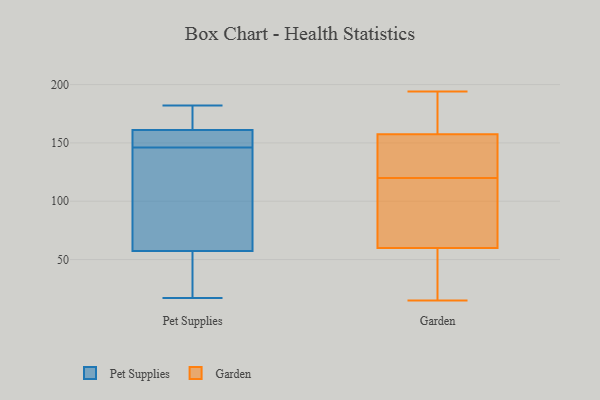
{"axis": {"x": "Population (Million)", "y": "Value"}, "legend": ["Garden", "Pet Supplies"], "data": [{"x": "", "y": 150, "type": "Pet Supplies"}, {"x": "", "y": 17, "type": "Pet Supplies"}, {"x": "", "y": 161, "type": "Pet Supplies"}, {"x": "", "y": 182, "type": "Pet Supplies"}, {"x": "", "y": 146, "type": "Pet Supplies"}, {"x": "", "y": 182, "type": "Pet Supplies"}, {"x": "", "y": 48, "type": "Pet Supplies"}, {"x": "", "y": 137, "type": "Pet Supplies"}, {"x": "", "y": 119, "type": "Pet Supplies"}, {"x": "", "y": 151, "type": "Pet Supplies"}, {"x": "", "y": 154, "type": "Pet Supplies"}, {"x": "", "y": 34, "type": "Pet Supplies"}, {"x": "", "y": 85, "type": "Pet Supplies"}, {"x": "", "y": 171, "type": "Pet Supplies"}, {"x": "", "y": 35, "type": "Pet Supplies"}, {"x": "", "y": 94, "type": "Pet Supplies"}, {"x": "", "y": 165, "type": "Pet Supplies"}, {"x": "", "y": 161, "type": "Pet Supplies"}, {"x": "", "y": 44, "type": "Pet Supplies"}, {"x": "", "y": 125, "type": "Garden"}, {"x": "", "y": 194, "type": "Garden"}, {"x": "", "y": 16, "type": "Garden"}, {"x": "", "y": 79, "type": "Garden"}, {"x": "", "y": 168, "type": "Garden"}, {"x": "", "y": 120, "type": "Garden"}, {"x": "", "y": 58, "type": "Garden"}, {"x": "", "y": 160, "type": "Garden"}, {"x": "", "y": 185, "type": "Garden"}, {"x": "", "y": 119, "type": "Garden"}, {"x": "", "y": 150, "type": "Garden"}, {"x": "", "y": 182, "type": "Garden"}, {"x": "", "y": 66, "type": "Garden"}, {"x": "", "y": 15, "type": "Garden"}, {"x": "", "y": 139, "type": "Garden"}, {"x": "", "y": 115, "type": "Garden"}, {"x": "", "y": 40, "type": "Garden"}, {"x": "", "y": 126, "type": "Garden"}, {"x": "", "y": 38, "type": "Garden"}]}